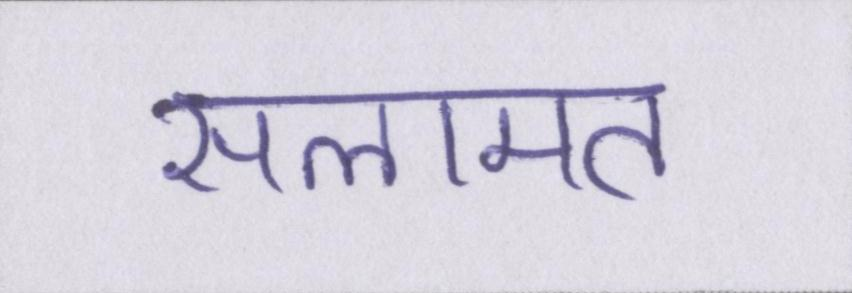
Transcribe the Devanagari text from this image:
सलामत